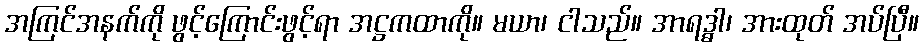
အကြင်အနက်ကို ဖွင့်ကြောင်းဖွင့်ရာ အဋ္ဌကထာကို။ မယာ၊ ငါသည်။ အာရဒ္ဓါ၊ အားထုတ် အပ်ပြီ။